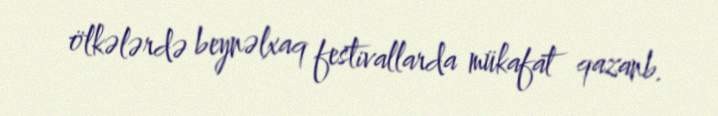
ölkələrdə beynəlxaq festivallarda mükafat qazanb.